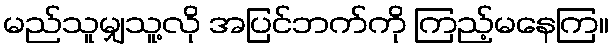
မည်သူမျှသူ့လို အပြင်ဘက်ကို ကြည့်မနေကြ။